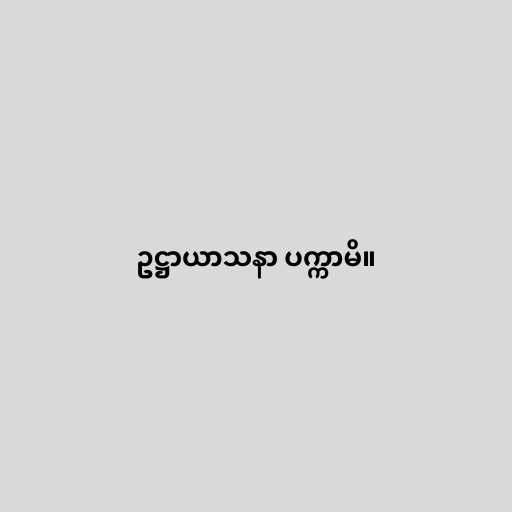
ဥဋ္ဌာယာသနာ ပက္ကာမိ။